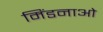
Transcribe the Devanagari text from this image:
मिंडनाओ